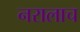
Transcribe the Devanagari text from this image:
नरालाच